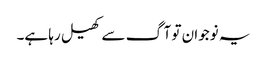
یہ نوجوان تو آگ سے کھیل رہا ہے۔